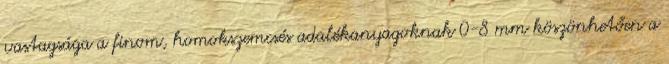
vastagsága a finom, homokszemcsés adalékanyagoknak 0-8 mm köszönhetően a